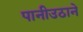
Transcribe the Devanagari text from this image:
पानीउठाने